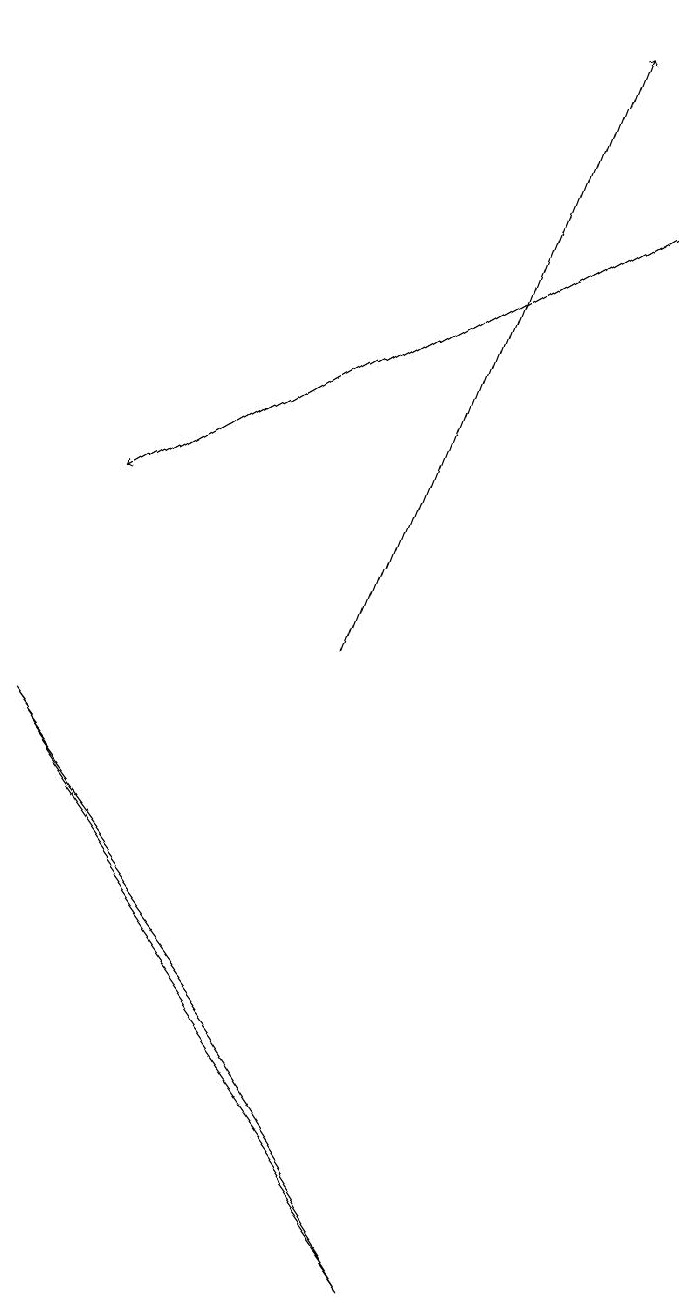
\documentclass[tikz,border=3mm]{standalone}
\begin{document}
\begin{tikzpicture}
\draw[->] (4,10) -- (7,18);
\draw[->] (8,16) -- (1,12);
\draw (3,5) -- (5,2) -- (0,9) -- cycle;
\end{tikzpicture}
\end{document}